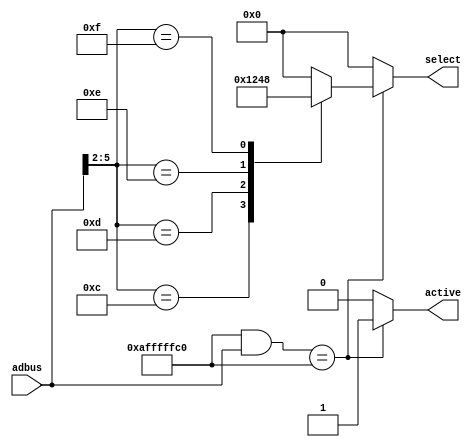
// When any of the four addresses are detected, the active output becomes '1'
module addr_decode (
  input     [31:0] adbus,
  output reg       active, 
  output reg [3:0] select);

  // range A000_0000 - BFFF_FFFF
  parameter adbus_mask = 32'hAFFF_FFC0;

  always @ (adbus) begin
    if ((adbus_mask & adbus) == adbus_mask) begin
      active = 1'b1;
      case (adbus[5:2])  // byte address aligned
        // 0 - cregs[0]
        4'b1100: select = 4'b0001; 
        // 4 - cregs[1]
        4'b1101: select = 4'b0010;
        // 8 - cregs[2]
        4'b1110: select = 4'b0100;
        // C - cregs[3]
        4'b1111: select = 4'b1000;
        default : select = 4'b0000;
      endcase
    end
    else begin
      active = 1'b0;
      select = 4'b0000;
    end
  end
endmodule